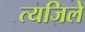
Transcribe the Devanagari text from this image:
त्यजिले